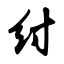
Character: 纣